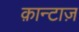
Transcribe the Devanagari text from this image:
क़ान्टाज़